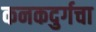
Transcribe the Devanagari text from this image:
कनकदुर्गचा